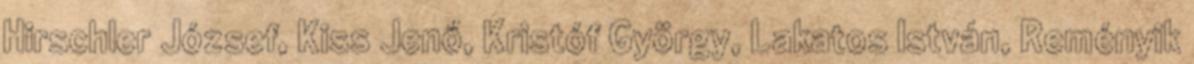
Hirschler József, Kiss Jenő, Kristóf György, Lakatos István, Reményik